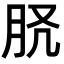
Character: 𦙉